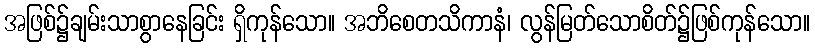
အဖြစ်၌ချမ်းသာစွာနေခြင်း ရှိကုန်သော။ အဘိစေတသိကာနံ၊ လွန်မြတ်သောစိတ်၌ဖြစ်ကုန်သော။